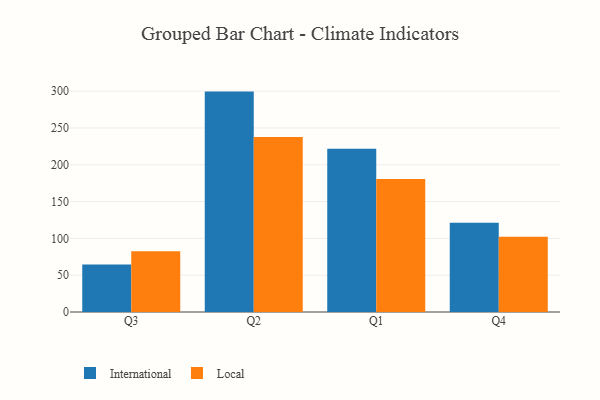
{"axis": {"x": "Quarter", "y": "Waste Production (Tons)"}, "legend": ["International", "Local"], "data": [{"x": "Q3", "y": 64.6, "type": "International"}, {"x": "Q3", "y": 82.6, "type": "Local"}, {"x": "Q2", "y": 299.4, "type": "International"}, {"x": "Q2", "y": 237.6, "type": "Local"}, {"x": "Q1", "y": 221.9, "type": "International"}, {"x": "Q1", "y": 180.7, "type": "Local"}, {"x": "Q4", "y": 121.4, "type": "International"}, {"x": "Q4", "y": 102.3, "type": "Local"}]}